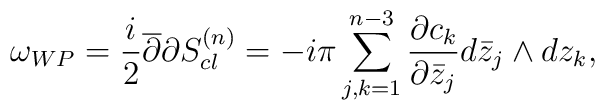
\omega_{WP}= {i\over2}{\overline\partial}{\partial}S^{(n)}_{cl}=-i\pi\sum_{j,k=1}^{n-3} {\partial c_k\over \partial {\bar z_j}}d\bar z_j\wedge d z_k,